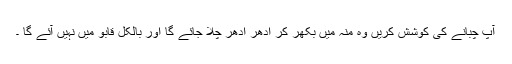
آپ چبانے کی کوشش کریں وہ منہ میں بکھر کر اِدھر اُدھر چلا جائے گا اور بالکل قابو میں نہیں آئے گا ۔